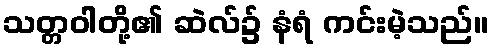
သတ္တဝါတို့၏ ဆဲလ်၌ နံရံ ကင်းမဲ့သည်။